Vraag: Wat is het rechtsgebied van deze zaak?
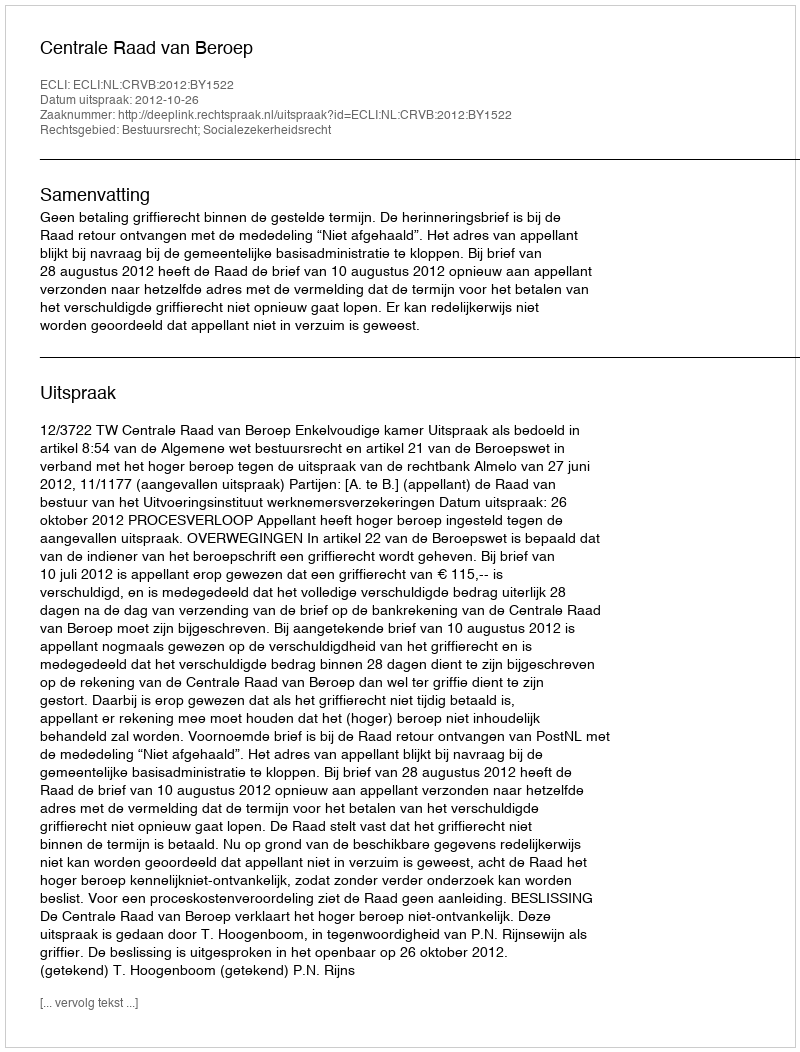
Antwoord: Bestuursrecht; Socialezekerheidsrecht